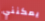
يمكنني